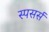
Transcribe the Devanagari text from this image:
स्पसर्स